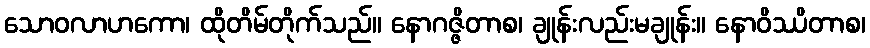
သောဝလာဟကော၊ ထိုတိမ်တိုက်သည်။ နောဂဇ္ဇိတာစ၊ ချုန်းလည်းမချုန်း။ နောဝိဿိတာစ၊